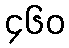
၄၆၀